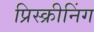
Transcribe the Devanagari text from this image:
प्रिस्क्रीनिंग